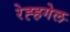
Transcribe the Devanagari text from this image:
रेह्हगेल